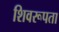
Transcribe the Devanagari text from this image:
शिवरूपता